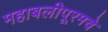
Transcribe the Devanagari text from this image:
महाबलीपूरमचे